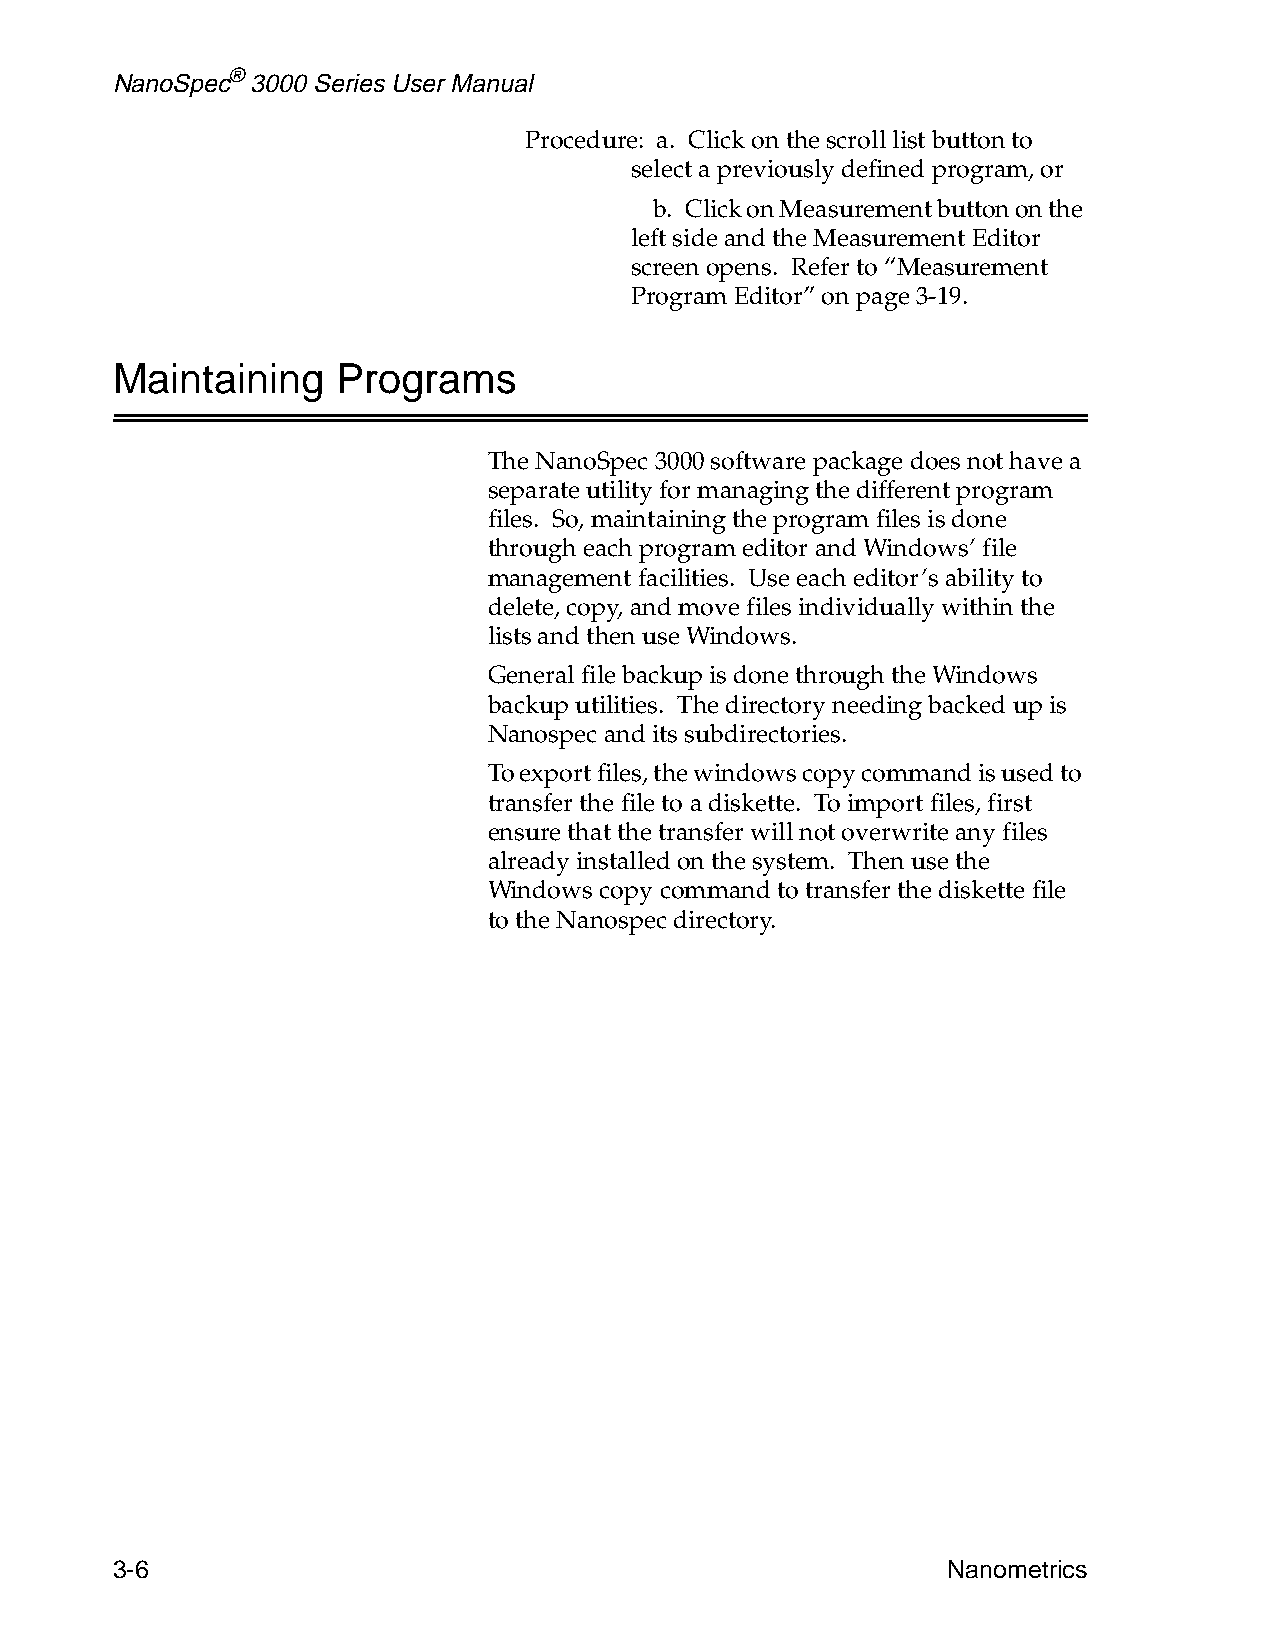
NanoSpec® 3000 Series User Manual
 Procedure: a. Click on the scroll list button to
 select a previously defined program, or
 b. Click on Measurement button on the
 left side and the Measurement Editor
 screen opens. Refer to “Measurement
 Program Editor” on page 3-19.
 Maintaining    Programs
 The NanoSpec 3000 software package does not have a
 separate utility for managing the different program
 files. So, maintaining the program files is done
 through each program editor and Windows’ file
 management facilities. Use each editor’s ability to
 delete, copy, and move files individually within the
 lists and then use Windows.
 General file backup is done through the Windows
 backup utilities. The directory needing backed up is
 Nanospec and its subdirectories.
 To export files, the windows copy command is used to
 transfer the file to a diskette. To import files, first
 ensure that the transfer will not overwrite any files
 already installed on the system. Then use the
 Windows copy command to transfer the diskette file
 to the Nanospec directory.
 3-6                                                     Nanometrics